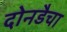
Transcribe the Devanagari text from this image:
दोनडैचा